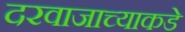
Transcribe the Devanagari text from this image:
दरवाजाच्याकडे